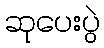
ဆုပေးပွဲ